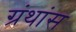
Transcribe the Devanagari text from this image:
ग्रंथांस